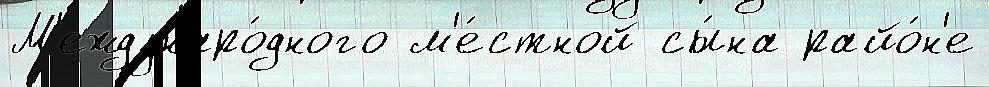
М'еждунаро́дного м'е́стной сы́на райо́н'е